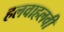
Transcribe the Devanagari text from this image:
हलवाहलवी